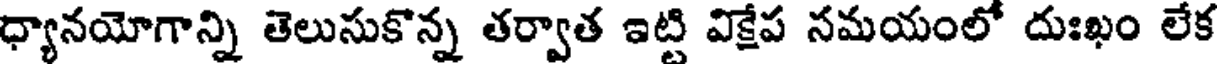
ధ్యానయోగాన్ని తెలుసుకొన్న తర్వాత ఇట్టి విక్షేప నమయంలో దుఃఖం లేక